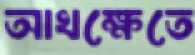
আখক্ষেতে